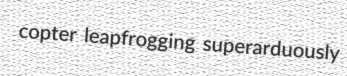
copter leapfrogging superarduously